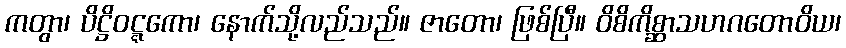
ကတွာ၊ ပိဋ္ဌိဝဋ္ဋကော၊ နောက်သို့လည်သည်။ ဇာတော၊ ဖြစ်ပြီ။ ဝိစိကိစ္ဆာသဟဂတောဝိယ၊